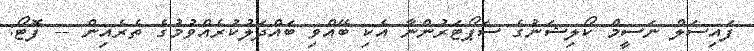
ފައިސަލް ނަސީމް ކޯލިޝަނުގެ ސަޕޯޓަރުންނާ އެކި ބޭއްވި ބައްދަލުކުރެއްވުމުގެ ތެރެއިން -- ފޮޓޯ: